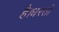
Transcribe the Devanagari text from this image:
है।धरती